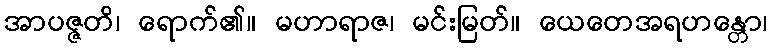
အာပဇ္ဇတိ၊ ရောက်၏။ မဟာရာဇ၊ မင်းမြတ်။ ယေတေအရဟန္တော၊